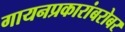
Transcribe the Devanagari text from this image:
गायनप्रकारांबरोबर